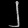
Digit: ၂